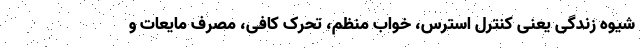
شیوه زندگی یعنی کنترل استرس، خواب منظم، تحرک کافی، مصرف مایعات و